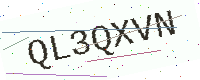
Text: QL3QXVN